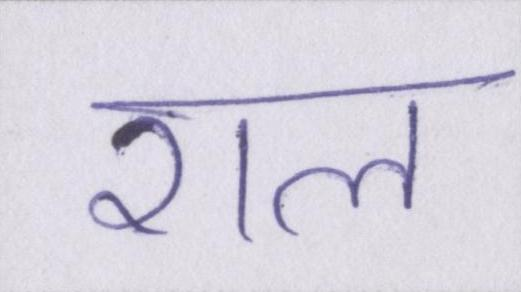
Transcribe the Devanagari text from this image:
राल